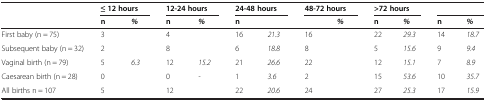
<table><thead><tr><td>[EMPTY_CELL]</td><td colspan="2"><b>≤ 12 hours</b></td><td colspan="2"><b>12-24 hours</b></td><td colspan="2"><b>24-48 hours</b></td><td colspan="2"><b>48-72 hours</b></td><td colspan="2"><b>&gt;72 hours</b></td><td colspan="2">[EMPTY_CELL]</td></tr><tr><td>[EMPTY_CELL]</td><td><b>n</b></td><td><b><i>%</i></b></td><td><b>n</b></td><td><b><i>%</i></b></td><td><b>n</b></td><td>[EMPTY_CELL]</td><td>[EMPTY_CELL]</td><td><b><i>%</i></b></td><td><b>n</b></td><td><b><i>%</i></b></td><td><b>n</b></td><td><b><i>%</i></b></td></tr></thead><tbody><tr><td>First baby (n = 75)</td><td>3</td><td>[EMPTY_CELL]</td><td>4</td><td>[EMPTY_CELL]</td><td>16</td><td><i>21.3</i></td><td>16</td><td>[EMPTY_CELL]</td><td>22</td><td><i>29.3</i></td><td>14</td><td><i>18.7</i></td></tr><tr><td>Subsequent baby (n = 32)</td><td>2</td><td>[EMPTY_CELL]</td><td>8</td><td>[EMPTY_CELL]</td><td>6</td><td><i>18.8</i></td><td>8</td><td>[EMPTY_CELL]</td><td>5</td><td><i>15.6</i></td><td>9</td><td><i>9.4</i></td></tr><tr><td>Vaginal birth (n = 79)</td><td>5</td><td><i>6.3</i></td><td>12</td><td><i>15.2</i></td><td>21</td><td><i>26.6</i></td><td>22</td><td>[EMPTY_CELL]</td><td>12</td><td><i>15.1</i></td><td>7</td><td><i>8.9</i></td></tr><tr><td>Caesarean birth (n = 28)</td><td>0</td><td>[EMPTY_CELL]</td><td>0</td><td><i>-</i></td><td>1</td><td><i>3.6</i></td><td>2</td><td>[EMPTY_CELL]</td><td>15</td><td><i>53.6</i></td><td>10</td><td><i>35.7</i></td></tr><tr><td>All births n = 107</td><td>5</td><td>[EMPTY_CELL]</td><td>12</td><td>[EMPTY_CELL]</td><td>22</td><td><i>20.6</i></td><td>24</td><td>[EMPTY_CELL]</td><td>27</td><td><i>25.3</i></td><td>17</td><td><i>15.9</i></td></tr></tbody></table>